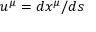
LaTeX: u ^ { \mu } = d x ^ { \mu } / d s